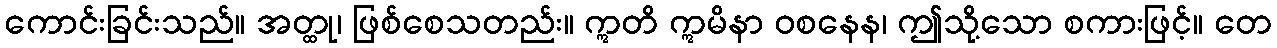
ကောင်းခြင်းသည်။ အတ္ထု၊ ဖြစ်စေသတည်း။ ဣတိ ဣမိနာ ဝစနေန၊ ဤသို့သော စကားဖြင့်။ တေ